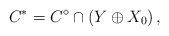
LaTeX: \begin{align*}C^{*}=C^{\diamond}\cap\left(Y\oplus X_{0}\right),\end{align*}